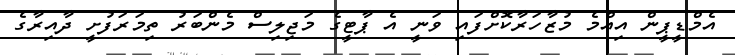
އެމްޑީޕީން އިއްމެ މުޒާހަރާކޮށްފައި ވަނީ އެ ޕާޓީގެ މަޖިލިސް މެންބަރު ތިމަރަފުށީ ދާއިރާގެ